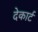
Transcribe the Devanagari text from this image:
देकार्ट